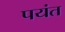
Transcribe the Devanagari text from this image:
पयंत